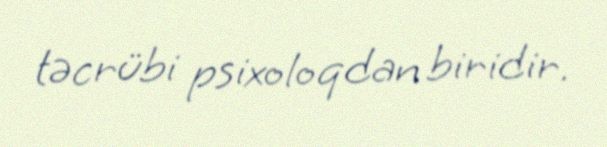
təcrübi psixoloqdan biridir.